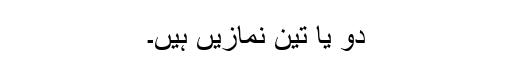
دو یا تین نمازیں ہیں۔